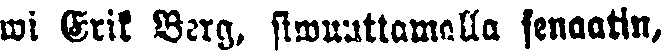
wi Erik Berg, siwuuttamalla senaatin,